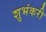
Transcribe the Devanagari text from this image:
शुभंकरी